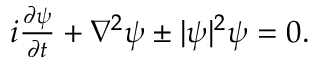
\begin{array} { r } { i \frac { \partial \psi } { \partial t } + \nabla ^ { 2 } \psi \pm | \psi | ^ { 2 } \psi = 0 . } \end{array}